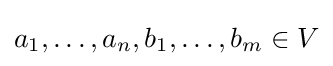
a_{1},\ldots ,a_{n},b_{1},\ldots ,b_{m}\in V